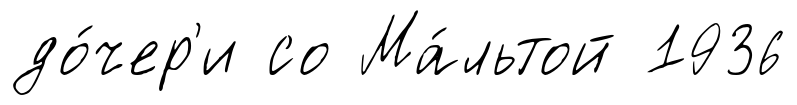
до́чер'и со Ма́льтой 1936